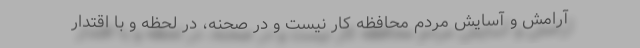
آرامش و آسایش مردم محافظه کار نیست و در صحنه، در لحظه و با اقتدار